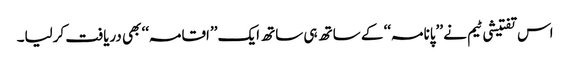
اس تفتیشی ٹیم نے ’’پانامہ‘‘ کے ساتھ ہی ساتھ ایک ’’اقامہ‘‘ بھی دریافت کرلیا۔